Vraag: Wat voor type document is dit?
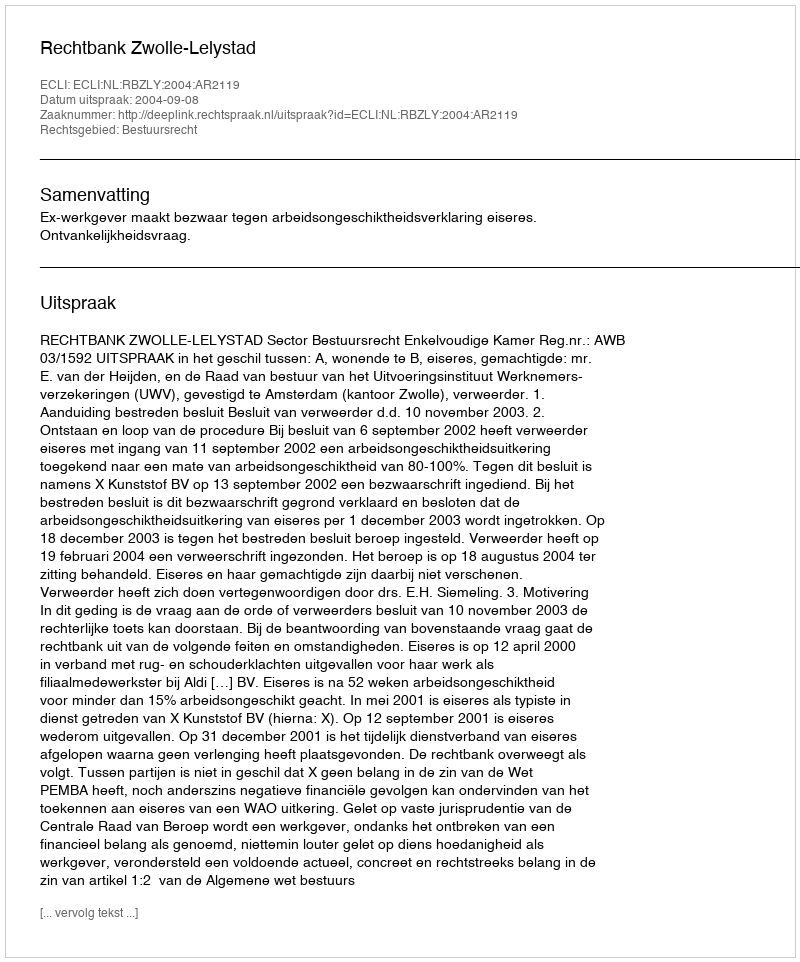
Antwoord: Uitspraak